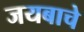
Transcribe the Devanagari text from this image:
जयबाचे